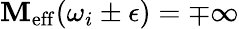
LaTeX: \mathbf{M}_{\mathrm{{eff}}}(\omega_{i}\pm\epsilon)=\mp\infty